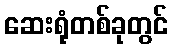
ဆေးရုံတစ်ခုတွင်